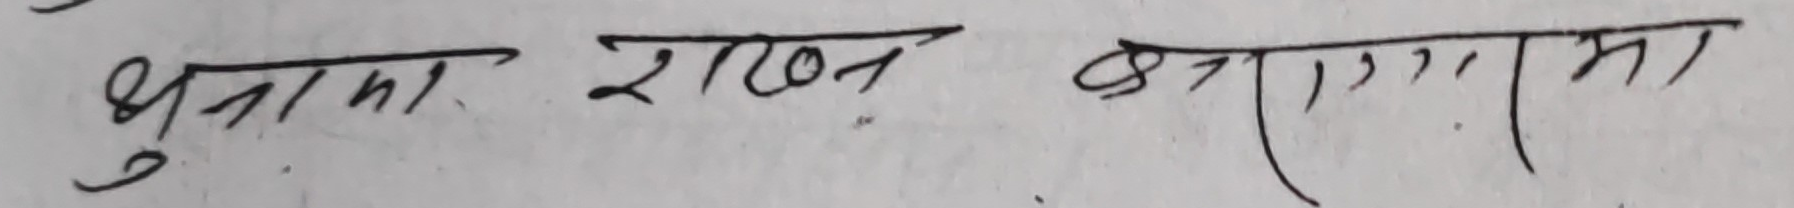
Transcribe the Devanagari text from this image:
भुक्तामा राखन का लागि